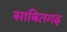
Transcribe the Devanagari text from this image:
साबितगढ़